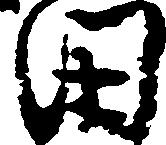
田